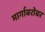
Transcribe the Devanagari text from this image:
मार्गाबरोबर